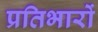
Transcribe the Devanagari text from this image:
प्रतिभारों